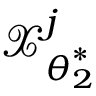
\boldsymbol { \mathcal { X } } _ { \boldsymbol { \theta } _ { 2 } ^ { \ast } } ^ { j }